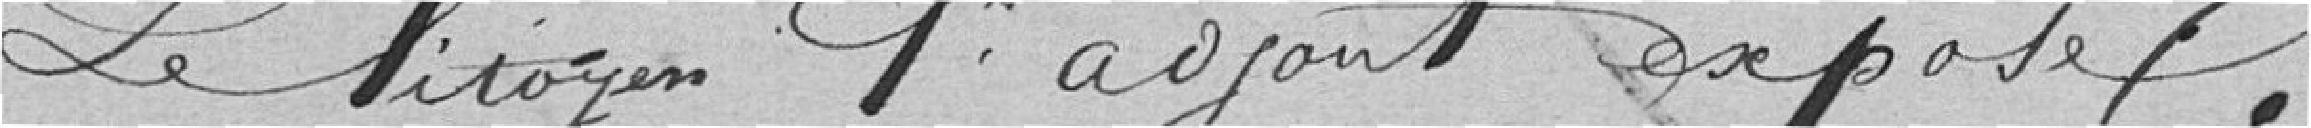
Le citoyen 1er adjoint expose